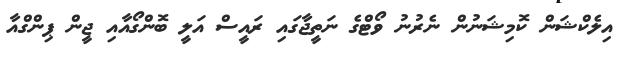
އިލެކްޝަން ކޮމިޝަނުން ނެރުނު ވޯޓްގެ ނަތީޖާގައި ރައީސް އަލީ ބޮންގޯއާއި ޖީން ޕިންގްއާ